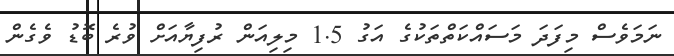
ނަމަވެސް މިފަދަ މަސައްކަތްތަކުގެ އަގު 1.5 މިލިއަން ރުފިޔާއަށް ވުރެ ބޮޑު ވެގެން